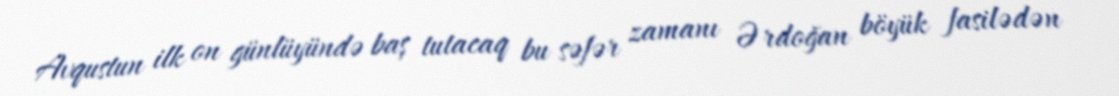
Avqustun ilk on günlüyündə baş tutacaq bu səfər zamanı Ərdoğan böyük fasilədən